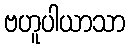
ဗဟူပါယာသာ